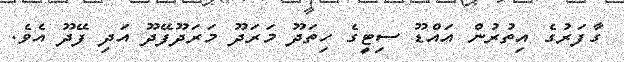
ގާފަރުގެ އިތުރުން އައްޑޫ ސިޓީގެ ހިތަދޫ މަރަދޫ މަރަދޫފޭދޫ އަދި ފޭދޫ އެވެ.